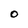
Character: O